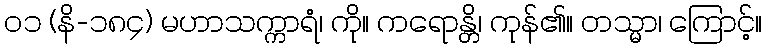
၀၁ (နိ-၁၈၄) မဟာသက္ကာရံ၊ ကို။ ကရောန္တိ၊ ကုန်၏။ တသ္မာ၊ ကြောင့်။